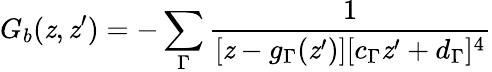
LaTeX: G_{b}(\mathit{z},\mathit{z}^{\prime})=-\sum_{\Gamma}\frac{{1}}{{[\mathit{z}-g_{\Gamma}(\mathit{z}^{\prime})][c_{\Gamma}\mathit{z}^{\prime}+d_{\Gamma}]^{4}}}